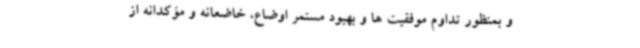
و بمنظور تداوم موفقیت ها و بهبود مستمر اوضاع، خاضعانه و مؤکدانه از